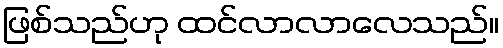
ဖြစ်သည်ဟု ထင်လာလာလေသည်။